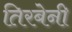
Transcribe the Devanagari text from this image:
तिरबेनी